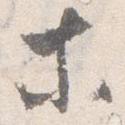
等